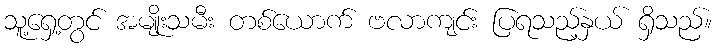
သူ့ရှေ့တွင် အမျိုးသမီး တစ်ယောက် ဗလာကျင်း ပြရသည့်နှယ် ရှိသည်။